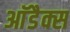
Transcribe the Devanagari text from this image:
आॅडैक्स